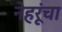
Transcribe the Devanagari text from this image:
नेहरूंचा